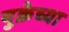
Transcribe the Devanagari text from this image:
युक्रेच्या